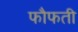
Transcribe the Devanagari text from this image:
फौफती